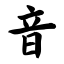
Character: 音